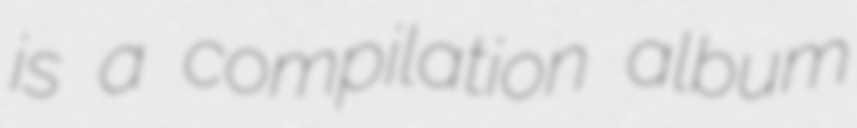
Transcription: is a compilation album